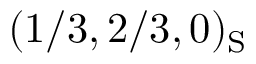
( 1 / 3 , 2 / 3 , 0 ) _ { \mathrm { S } }